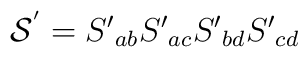
{\cal S}^{'}=S{'}_{ab}S{'}_{ac}S{'}_{bd}S{'}_{cd}